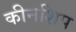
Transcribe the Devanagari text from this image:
कीनशिप